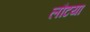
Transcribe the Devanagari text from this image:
लौटया